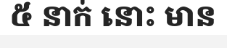
៥ នាក់ នោះ មាន